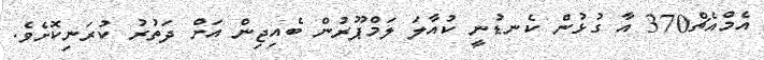
އެމްއެޗް370 އާ ގުޅުން ކެނޑުނީ ކުއާލަ ލަމްޕޫރުން ބެއިޖިން އަށް ދަތުރު ކުރަނިކޮށެވެ.